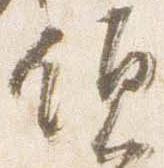
領